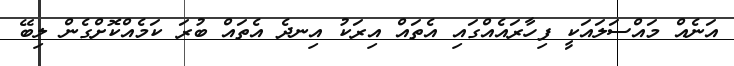
އަނެއް މައްސަލައަކީ ފިހާރައެއްގައި އެތައް އިރަކު އިނދެ އެތައް ބުރަ ކަމެއްކޮށްގެން ލިބޭ